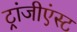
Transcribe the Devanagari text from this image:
ट्रांजीएंस्ट